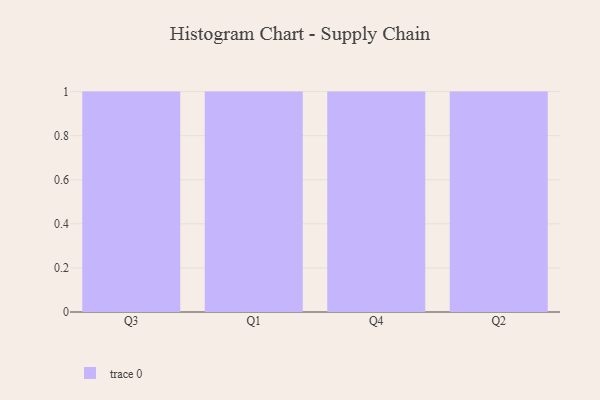
{"axis": {"x": "Quarter", "y": "Net Income (USD K)"}, "legend": [""], "data": [{"x": "Q3", "y": 27, "type": ""}, {"x": "Q1", "y": 85, "type": ""}, {"x": "Q4", "y": 87, "type": ""}, {"x": "Q2", "y": 43, "type": ""}]}